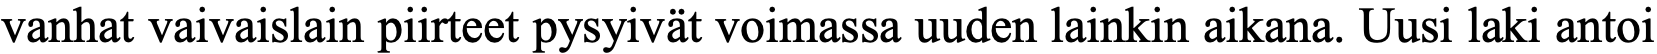
vanhat vaivaislain piirteet pysyivät voimassa uuden lainkin aikana. Uusi laki antoi